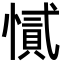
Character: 㦐